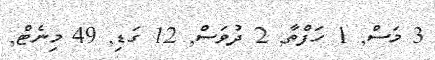
3 މަސް